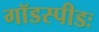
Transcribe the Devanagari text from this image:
गॉडस्पीडः